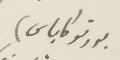
بورتوكاباس)